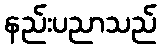
နည်းပညာသည်